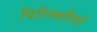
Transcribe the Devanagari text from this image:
पिरिस्थतियों